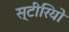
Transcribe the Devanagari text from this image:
स्‍टीरियो